Vaccine operations Central Provinces 1886-1899 - 1886-1899
Year: 1886
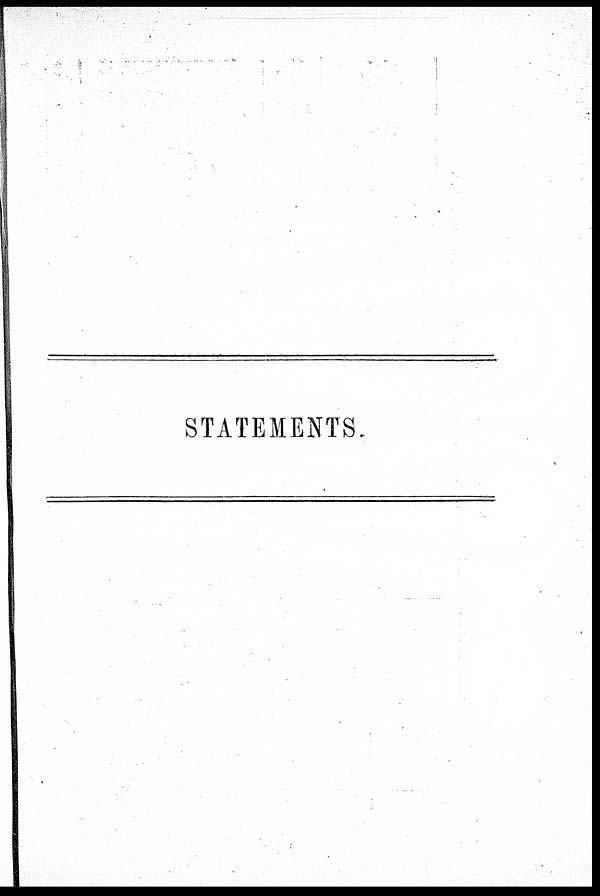
STATEMENTS.